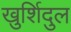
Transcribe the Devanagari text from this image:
खुर्शिदुल